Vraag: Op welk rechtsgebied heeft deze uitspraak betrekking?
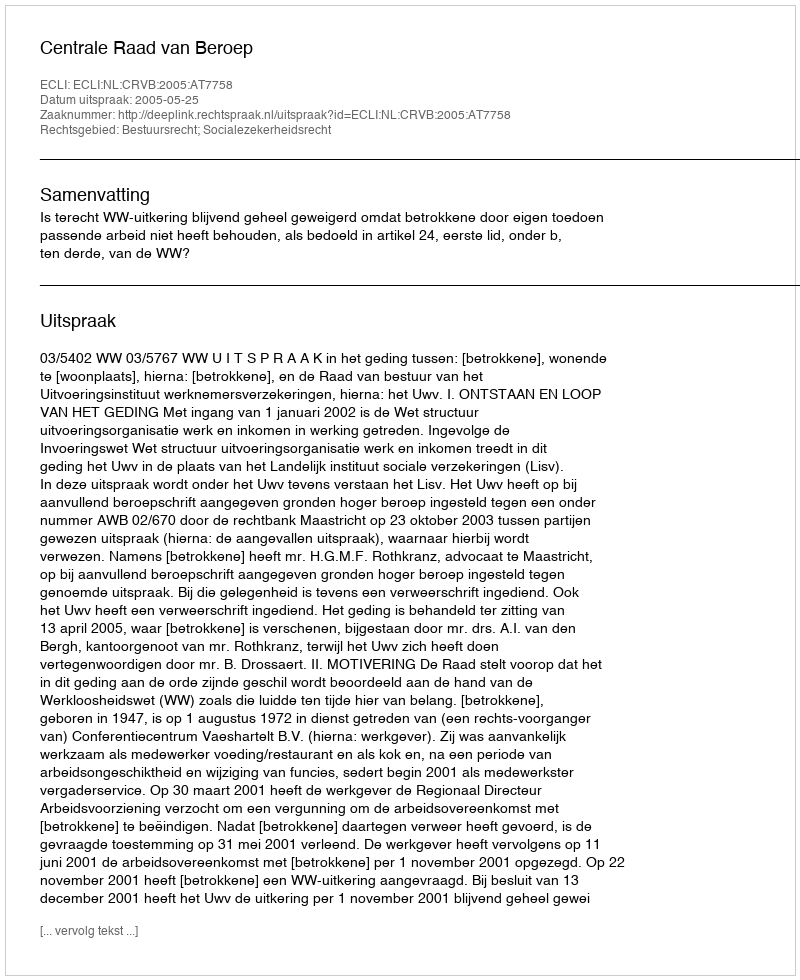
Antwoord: Bestuursrecht; Socialezekerheidsrecht